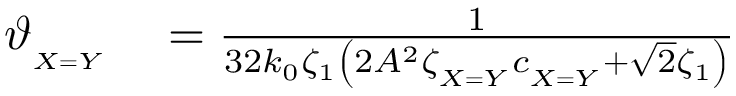
\begin{array} { r l } { \vartheta _ { _ { X = Y } } } & { { } = \frac { 1 } { 3 2 k _ { 0 } \zeta _ { 1 } \left( 2 A ^ { 2 } \zeta _ { _ { X = Y } } c _ { _ { X = Y } } + \sqrt { 2 } \zeta _ { 1 } \right) } } \end{array}